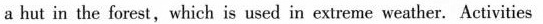
a hut in the forest,which is used in extreme weather. Activities